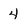
Character: 4